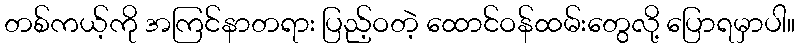
တစ်ကယ့်ကို အကြင်နာတရား ပြည့်ဝတဲ့ ထောင်ဝန်ထမ်းတွေလို့ ပြောရမှာပါ။